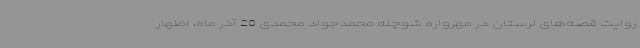
روایت قصه‌های لرستان در مهرواره شوچله محمدجواد محمدی 20 آذر ماه، اظهار